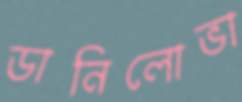
ডানিলোভা